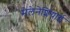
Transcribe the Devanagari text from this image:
मेलेनेशियाई